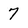
Character: 7